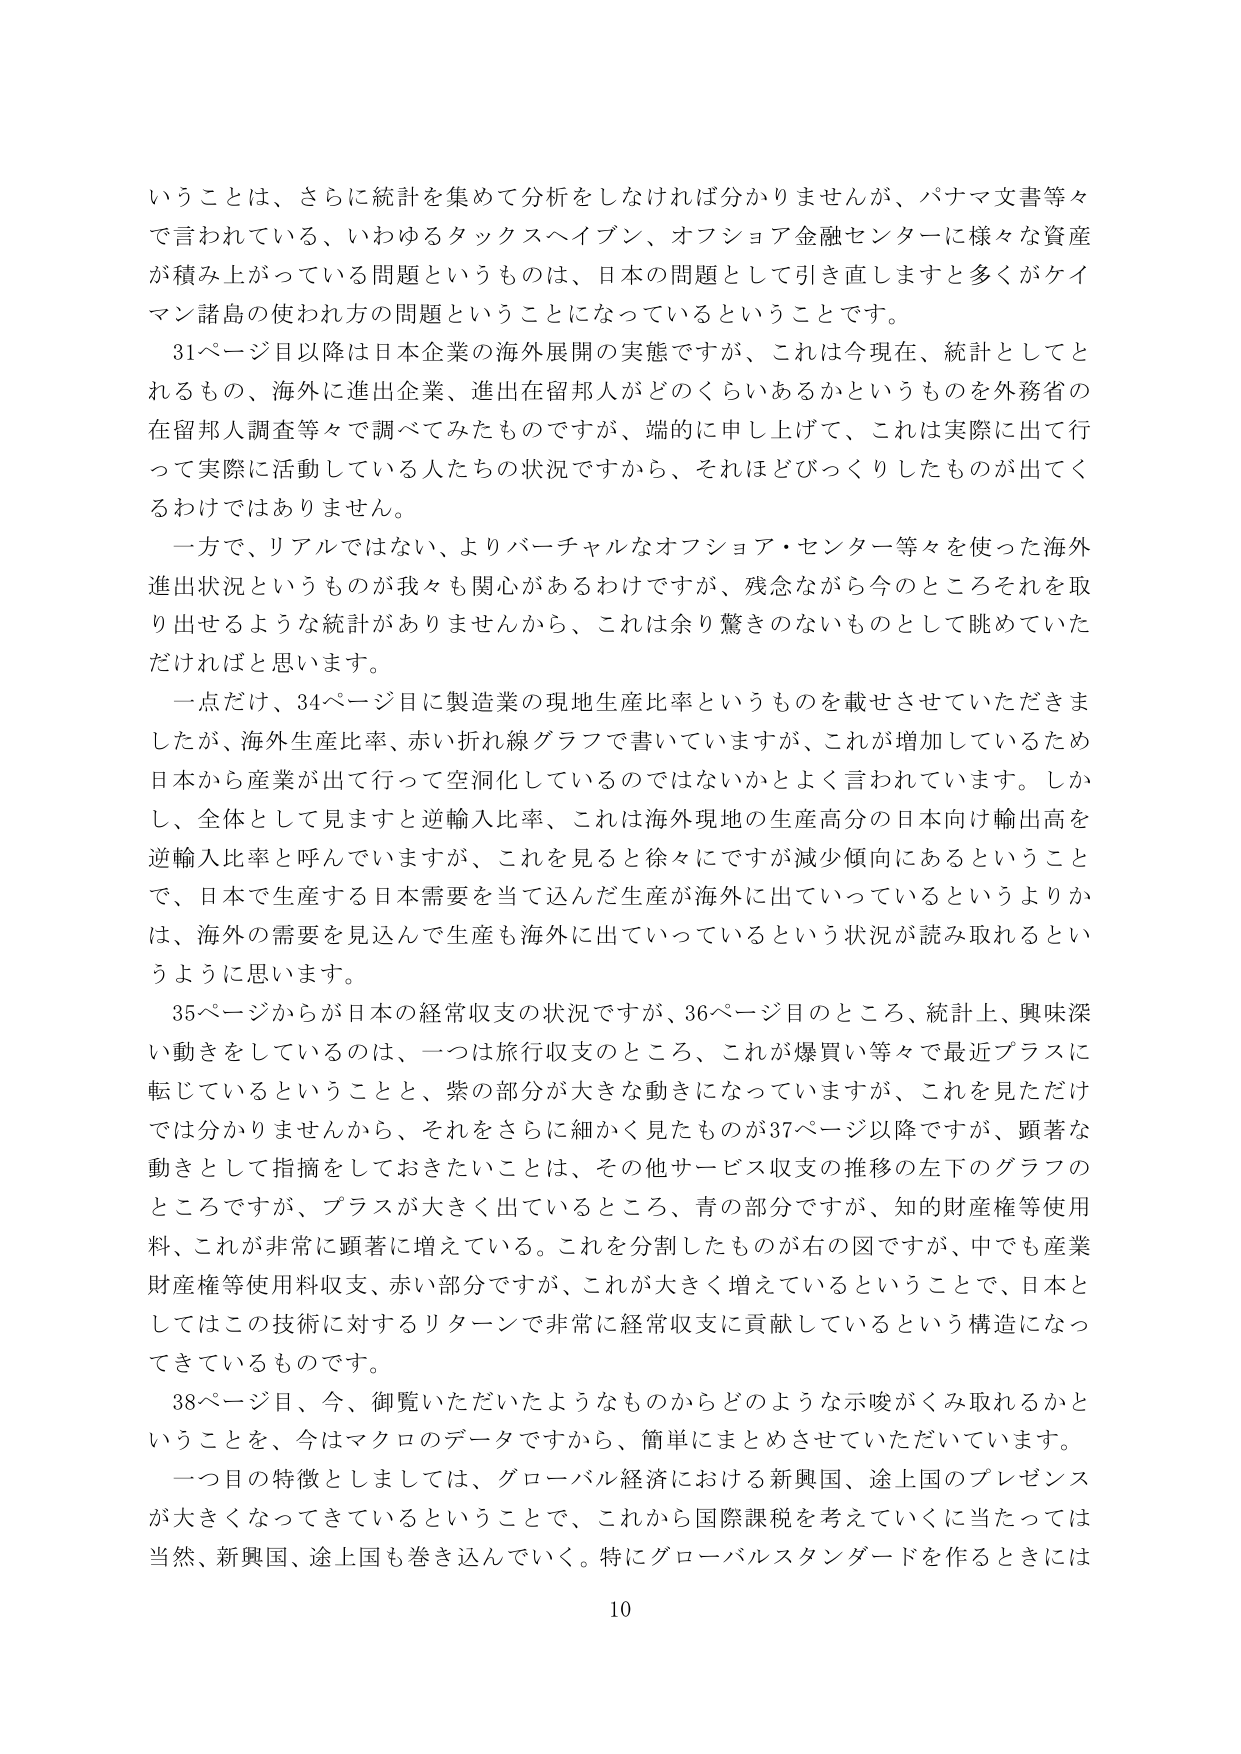
いうことは、さらに統計を集めて分析をしなければ分かりませんが、パナマ文書等々で言われている、いわゆるタックスヘイブン、オフショア金融センターに様々な資産が積み上がっている問題というものは、日本の問題として引き直しますと多くがケイマン諸島の使われ方の問題ということになっているということです。

31ページ目以降は日本企業の海外展開の実態ですが、これは今現在、統計としてとれるもの、海外に進出企業、進出在留邦人がどのくらいあるかというものを外務省の在留邦人調査等々で調べてみたものですが、端的に申し上げて、これは実際に出て行って実際に活動している人たちの状況ですから、それほどびっくりしたものが出てくるわけではありません。

一方で、リアルではない、よりバーチャルなオフショア・センター等々を使った海外進出状況というものが我々も関心があるわけですが、残念ながら今のところそれを取り出せるような統計がありませんから、これは余り驚きのないものとして眺めていただければと思います。

一点だけ、34ページ目に製造業の現地生産比率というものを載せさせていただきましたが、海外生産比率、赤い折れ線グラフで書いていますが、これが増加しているため日本から産業が出て行って空洞化しているのではないかとよく言われています。しかし、全体として見ますと逆輸入比率、これは海外現地の生産高分の日本向け輸出高を逆輸入比率と呼んでいますが、これを見ると徐々にですが減少傾向にあるということで、日本で生産する日本需要を当て込んだ生産が海外に出ていっているというよりかは、海外の需要を見込んで生産も海外に出ていっているという状況が読み取れるというように思います。

35ページからが日本の経常収支の状況ですが、36ページ目のところ、統計上、興味深い動きをしているのは、一つは旅行収支のところ、これが爆買い等々で最近プラスに転じているということと、紫の部分が大きな動きになっていますが、これを見ただけでは分かりませんから、それをさらに細かく見たものが37ページ以降ですが、顕著な動きとして指摘をしておきたいことは、その他サービス収支の推移の左下のグラフのところですが、プラスが大きく出ているところ、青の部分ですが、知的財産権等使用料、これが非常に顕著に増えている。これを分割したものが右の図ですが、中でも産業財産権等使用料収支、赤い部分ですが、これが大きく増えているということで、日本としてはこの技術に対するリターンで非常に経常収支に貢献しているという構造になってきているものです。

38ページ目、今、御覧いただいたようなものからどのような示唆がくみ取れるかということを、今はマクロのデータですから、簡単にまとめさせていただいています。

一つ目の特徴としましては、グローバル経済における新興国、途上国のプレゼンスが大きくなってきているということで、これから国際課税を考えていくに当たっては当然、新興国、途上国も巻き込んでいく。特にグローバルスタンダードを作るときには

10